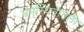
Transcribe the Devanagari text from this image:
मनस्थितीतली